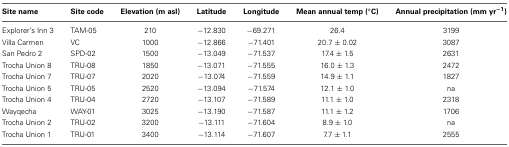
<table><thead><tr><td><b>Site name</b></td><td><b>Site code</b></td><td><b>Elevation (m asl)</b></td><td><b>Latitude</b></td><td><b>Longitude</b></td><td><b>Mean annual temp (°C)</b></td><td><b>Annual precipitation (mm yr<sup>−1</sup>)</b></td></tr></thead><tbody><tr><td>Explorer&#x27;s Inn 3</td><td>TAM-05</td><td>210</td><td>−12.830</td><td>−69.271</td><td>26.4</td><td>3199</td></tr><tr><td>Villa Carmen</td><td>VC</td><td>1000</td><td>−12.866</td><td>−71.401</td><td>20.7 ± 0.02</td><td>3087</td></tr><tr><td>San Pedro 2</td><td>SPD-02</td><td>1500</td><td>−13.049</td><td>−71.537</td><td>17.4 ± 1.5</td><td>2631</td></tr><tr><td>Trocha Union 8</td><td>TRU-08</td><td>1850</td><td>−13.071</td><td>−71.555</td><td>16.0 ± 1.3</td><td>2472</td></tr><tr><td>Trocha Union 7</td><td>TRU-07</td><td>2020</td><td>−13.074</td><td>−71.559</td><td>14.9 ± 1.1</td><td>1827</td></tr><tr><td>Trocha Union 5</td><td>TRU-05</td><td>2520</td><td>−13.094</td><td>−71.574</td><td>12.1 ± 1.0</td><td>na</td></tr><tr><td>Trocha Union 4</td><td>TRU-04</td><td>2720</td><td>−13.107</td><td>−71.589</td><td>11.1 ± 1.0</td><td>2318</td></tr><tr><td>Wayqecha</td><td>WAY-01</td><td>3025</td><td>−13.190</td><td>−71.587</td><td>11.1 ± 1.2</td><td>1706</td></tr><tr><td>Trocha Union 2</td><td>TRU-02</td><td>3200</td><td>−13.111</td><td>−71.604</td><td>8.9 ± 1.0</td><td>na</td></tr><tr><td>Trocha Union 1</td><td>TRU-01</td><td>3400</td><td>−13.114</td><td>−71.607</td><td>7.7 ± 1.1</td><td>2555</td></tr></tbody></table>